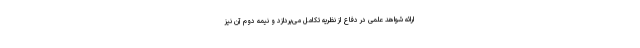
ارائه شواهد علمی در دفاع از نظریه تکامل می‌پردازد و نیمه دوم آن نیز